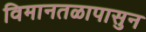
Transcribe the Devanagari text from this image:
विमानतळापासुन